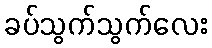
ခပ်သွက်သွက်လေး